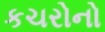
કચરોનો